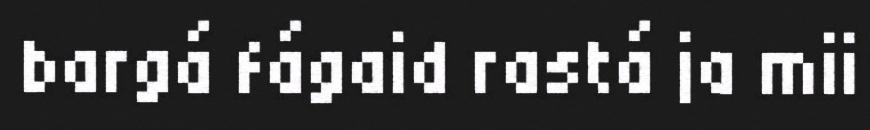
bargá fágaid rastá ja mii